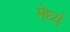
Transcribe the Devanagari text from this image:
मेध्यं